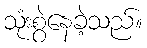
သုံးစွဲနေခဲ့သည်။